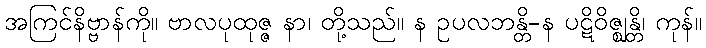
အကြင်နိဗ္ဗာန်ကို။ ဗာလပုထုဇ္ဇ နာ၊ တို့သည်။ န ဥပလဘန္တိ-န ပဋိဝိဇ္ဈန္တိ၊ ကုန်။